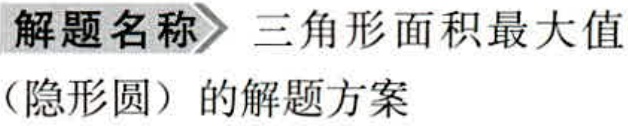
\textbf{解题名称}  三角形面积最大值（隐形圆）的解题方案